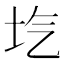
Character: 𡉛